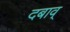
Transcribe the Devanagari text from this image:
दबाव्